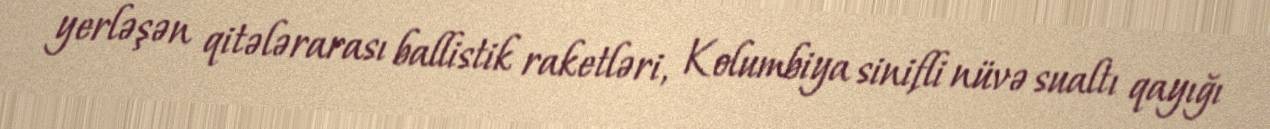
yerləşən qitələrarası ballistik raketləri, Kolumbiya sinifli nüvə sualtı qayığı